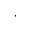
\cdot